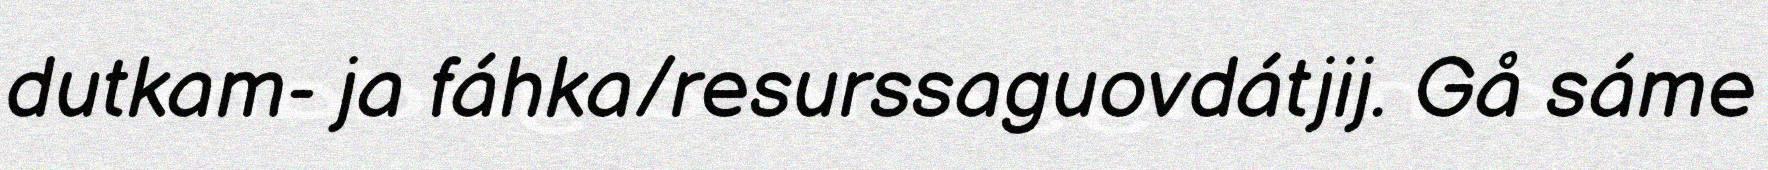
dutkam- ja fáhka/resurssaguovdátjij. Gå sáme